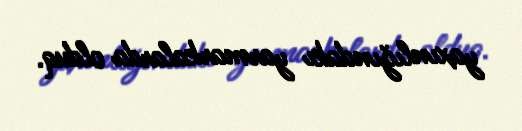
yaxınlığındakı yarmarkalarda olduq.